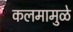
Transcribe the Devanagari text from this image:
कलमामुळे